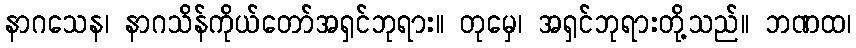
နာဂသေန၊ နာဂသိန်ကိုယ်တော်အရှင်ဘုရား။ တုမှေ၊ အရှင်ဘုရားတို့သည်။ ဘဏထ၊